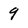
Character: 9